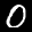
Label: 0